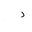
Letter: _dal